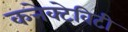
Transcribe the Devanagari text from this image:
कनेक्टेविटी